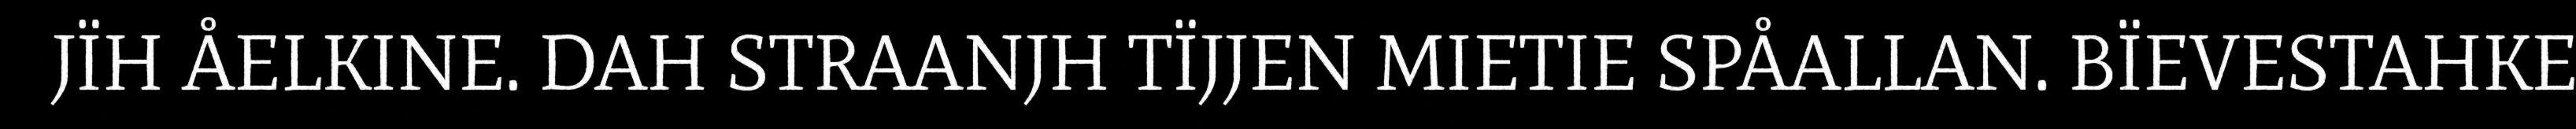
JÏH ÅELKINE. DAH STRAANJH TÏJJEN MIETIE SPÅALLAN. BÏEVESTAHKE